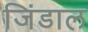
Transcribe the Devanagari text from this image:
जिंडाल